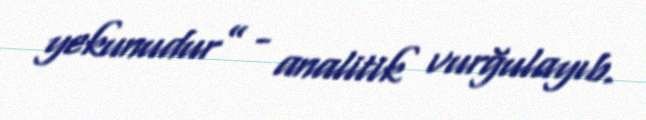
yekunudur” - analitik vurğulayıb.